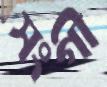
সংগী